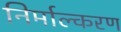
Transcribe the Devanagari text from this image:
निर्माल्करण